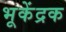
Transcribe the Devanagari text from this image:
भूकेंद्रक